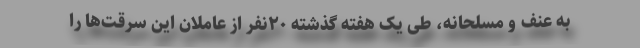
به عنف و مسلحانه، طی یک هفته گذشته ۲۰نفر از عاملان این سرقت‌ها را